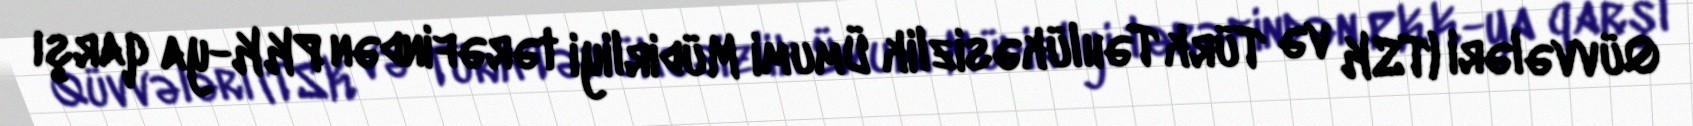
Qüvvələri (TSK və Türk Təhlükəsizlik Ümumi Müdirliyi tərəfindən PKK-ya qarşı